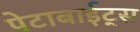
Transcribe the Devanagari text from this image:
पेटाबाईट्स